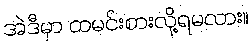
အဲဒီမှာ ထမင်းစားလို့ရမလား။